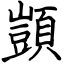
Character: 顗